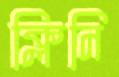
ক্লিনি